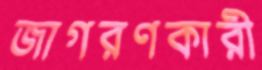
জাগরণকারী